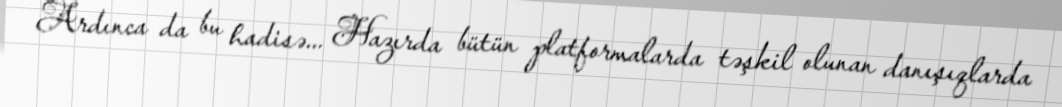
Ardınca da bu hadisə... Hazırda bütün platformalarda təşkil olunan danışıqlarda